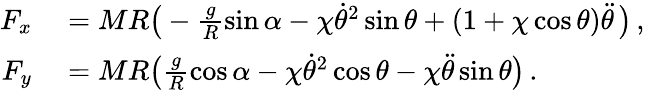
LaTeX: \begin{array}{rl}{F_{x}}&{{}=MR\big(-\frac{g}{R}\sin\alpha-\chi\dot{\theta}^{2}\sin\theta+(1+\chi\cos\theta)\ddot{\theta}\, \big)\, ,}\\ {F_{y}}&{{}=MR\big(\frac{g}{R}\cos\alpha-\chi\dot{\theta}^{2}\cos\theta-\chi\ddot{\theta}\sin\theta\big)\, .}\end{array}